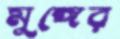
মুঙ্গের